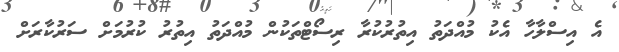
އެ އިސްލާހާ އެކު މުއްދަތު އިތުރުކުރާ ރިސޯޓްތަކުން މުއްދަތު އިތުރު ކުރުމަށް ސަރުކާރަށް